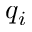
q _ { i }